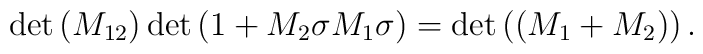
\det\left( M_{12}\right) \det\left( 1+M_{2}\sigma M_{1}\sigma\right)=\det\left( \left( M_{1}+M_{2}\right) \right) .